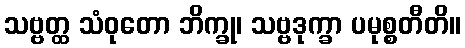
သဗ္ဗတ္ထ သံဝုတော ဘိက္ခု၊ သဗ္ဗဒုက္ခာ ပမုစ္စတီတိ။